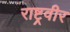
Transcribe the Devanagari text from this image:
राष्ट्रवीर